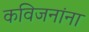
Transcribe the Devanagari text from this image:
कविजनांना